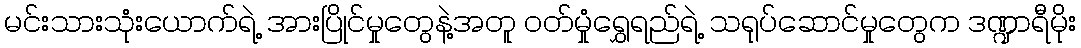
မင်းသားသုံးယောက်ရဲ့ အားပြိုင်မှုတွေနဲ့အတူ ဝတ်မှုံရွှေရည်ရဲ့ သရုပ်ဆောင်မှုတွေက ဒဏ္ဍာရီမိုး